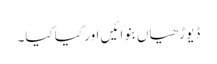
ڈیوڑھیاں بنوائیں اور کیا کیا۔